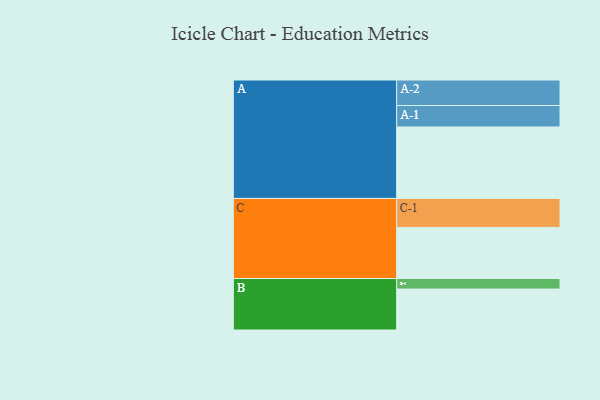
{"axis": {"x": "Segment", "y": "Value"}, "legend": ["", "A", "B", "C"], "data": [{"x": "A", "y": 583, "type": ""}, {"x": "B", "y": 334, "type": ""}, {"x": "C", "y": 417, "type": ""}, {"x": "A-1", "y": 175, "type": "A"}, {"x": "A-2", "y": 208, "type": "A"}, {"x": "B-1", "y": 86, "type": "B"}, {"x": "C-1", "y": 236, "type": "C"}]}